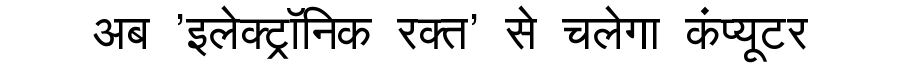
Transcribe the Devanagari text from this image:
अब 'इलेक्ट्रॉनिक रक्त' से चलेगा कंप्यूटर